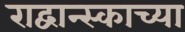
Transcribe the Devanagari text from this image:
राद्वान्स्काच्या